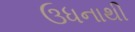
ઉધનાથી